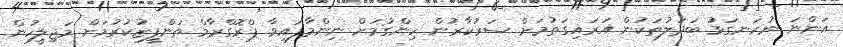
އަންނަ ނުރަނގަޅު ބަދަލުތަކުން އަރައިގަތުމަށް ސަރުކާރުން ހިންގުމަށް ނިންމާފައިވާ ޕްރޮގްރާމް ތަންފީޒުކުރުމަށް މަޖިލީހުން